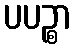
ပပဉ္စာ